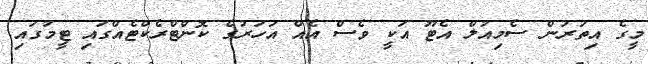
މީގެ އިތުރުން ސެމިއުލް އެޓޫ އަކީ ވެސް އެއް އަހަރުގެ ކޮންޓްރެކްޓެއްގައި ޓީމުގައި